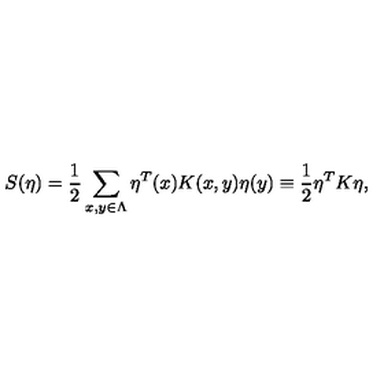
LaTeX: S ( \eta ) = \frac { 1 } { 2 } \sum _ { x , y \in \Lambda } \eta ^ { T } ( x ) K ( x , y ) \eta ( y ) \equiv \frac { 1 } { 2 } \eta ^ { T } K \eta ,